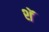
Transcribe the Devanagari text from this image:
शॅ